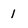
Character: 1